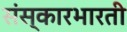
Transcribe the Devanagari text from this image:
संस्कारभारती